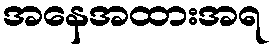
အနေအထားအရ